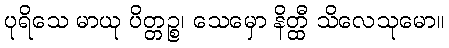
ပုရိသေ မာယု ပိတ္တဉ္စ၊ သေမှော နိတ္ထီ သိလေသုမော။